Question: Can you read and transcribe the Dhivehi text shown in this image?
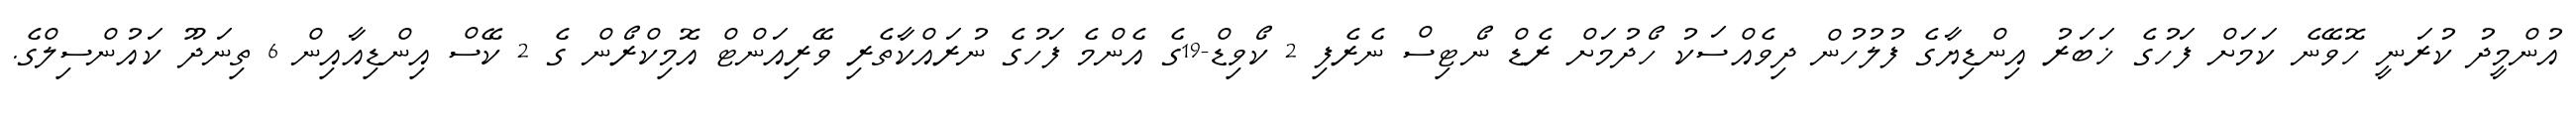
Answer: އުންމީދު ކުރަނީ ހޮވޭނެ ކަމަށް ފަހުގެ ޚަބަރު އިންޑިޔާގެ ފުލުހުން ދިވެއްސަކު ހޯދުމަށް ރެޑް ނޯޓިސް ނެރެފި 2 ކޯވިޑް-19ގެ އެންމެ ފަހުގެ ނުރައްކާތެރި ވޭރިއަންޓް އޮމިކްރޯން ގެ 2 ކޭސް އިންޑިއާއިން 6 ތިނަދޫ ކައުންސިލްގެ.